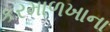
કરમાળખાના